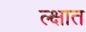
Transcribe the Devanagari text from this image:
ल्क्षात